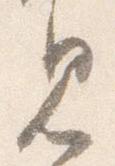
見